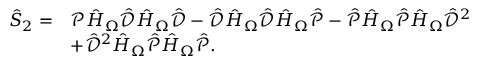
\begin{array} { r l } { \hat { S } _ { 2 } = } & { \mathcal { P } \hat { H } _ { \Omega } \hat { \mathcal { D } } \hat { H } _ { \Omega } \hat { \mathcal { D } } - \hat { \mathcal { D } } \hat { H } _ { \Omega } \hat { \mathcal { D } } \hat { H } _ { \Omega } \hat { \mathcal { P } } - \hat { \mathcal { P } } \hat { H } _ { \Omega } \hat { \mathcal { P } } \hat { H } _ { \Omega } \hat { \mathcal { D } } ^ { 2 } } \\ & { + \hat { \mathcal { D } } ^ { 2 } \hat { H } _ { \Omega } \hat { \mathcal { P } } \hat { H } _ { \Omega } \hat { \mathcal { P } } . } \end{array}